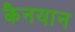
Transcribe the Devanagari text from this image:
कैनयान